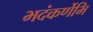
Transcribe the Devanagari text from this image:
भदंकर्णेभि